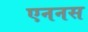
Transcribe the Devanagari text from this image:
एननस